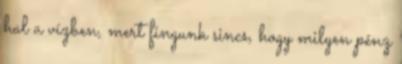
hal a vízben, mert fingunk sincs, hogy milyen pénz